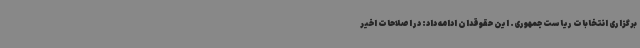
برگزاری انتخابات ریاست جمهوری. این حقوقدان ادامه داد: در اصلاحات اخیر